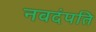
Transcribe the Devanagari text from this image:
नवदंपति